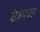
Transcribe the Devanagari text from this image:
क्षेत्रफाल